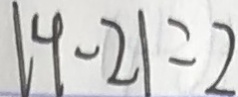
\vert 4 - 2 \vert = 2